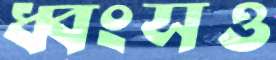
ধ্বংসও